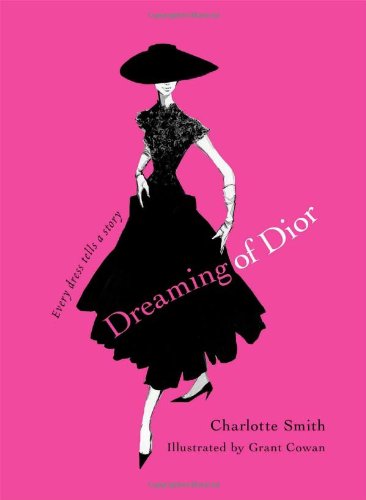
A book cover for Dreaming of Dior: Every Dress Tells a Story; Charlotte Smith; Crafts, Hobbies & Home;